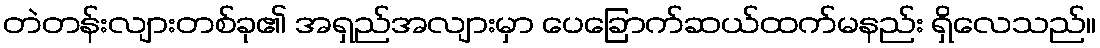
တဲတန်းလျားတစ်ခု၏ အရှည်အလျားမှာ ပေခြောက်ဆယ်ထက်မနည်း ရှိလေသည်။